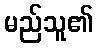
မည်သူ၏